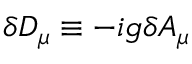
\delta D _ { \mu } \equiv - i g \delta A _ { \mu }